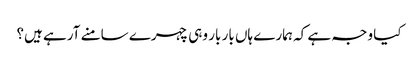
کیا وجہ ہے کہ ہمارے ہاں بار بار وہی چہرے سامنے آرہے ہیں؟